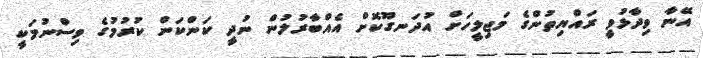
އޭނާ ވިދާޅުވީ ރައްޔިތުންގެ މަޖިލީހަށް އުދަނގޫކޮށް އެއްބާރުލުން ނުދީ ކަންކަން ކުރުމުގެ ވިސްނުމަކީ